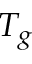
T _ { g }